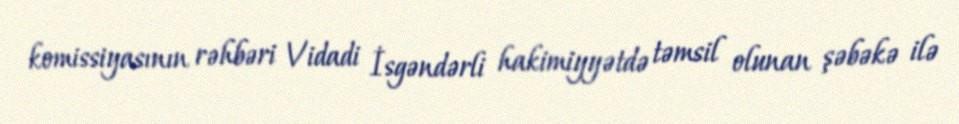
komissiyasının rəhbəri Vidadi İsgəndərli hakimiyyətdə təmsil olunan şəbəkə ilə